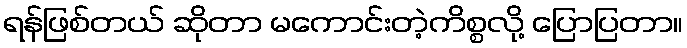
ရန်ဖြစ်တယ် ဆိုတာ မကောင်းတဲ့ကိစ္စလို့ ပြောပြတာ။